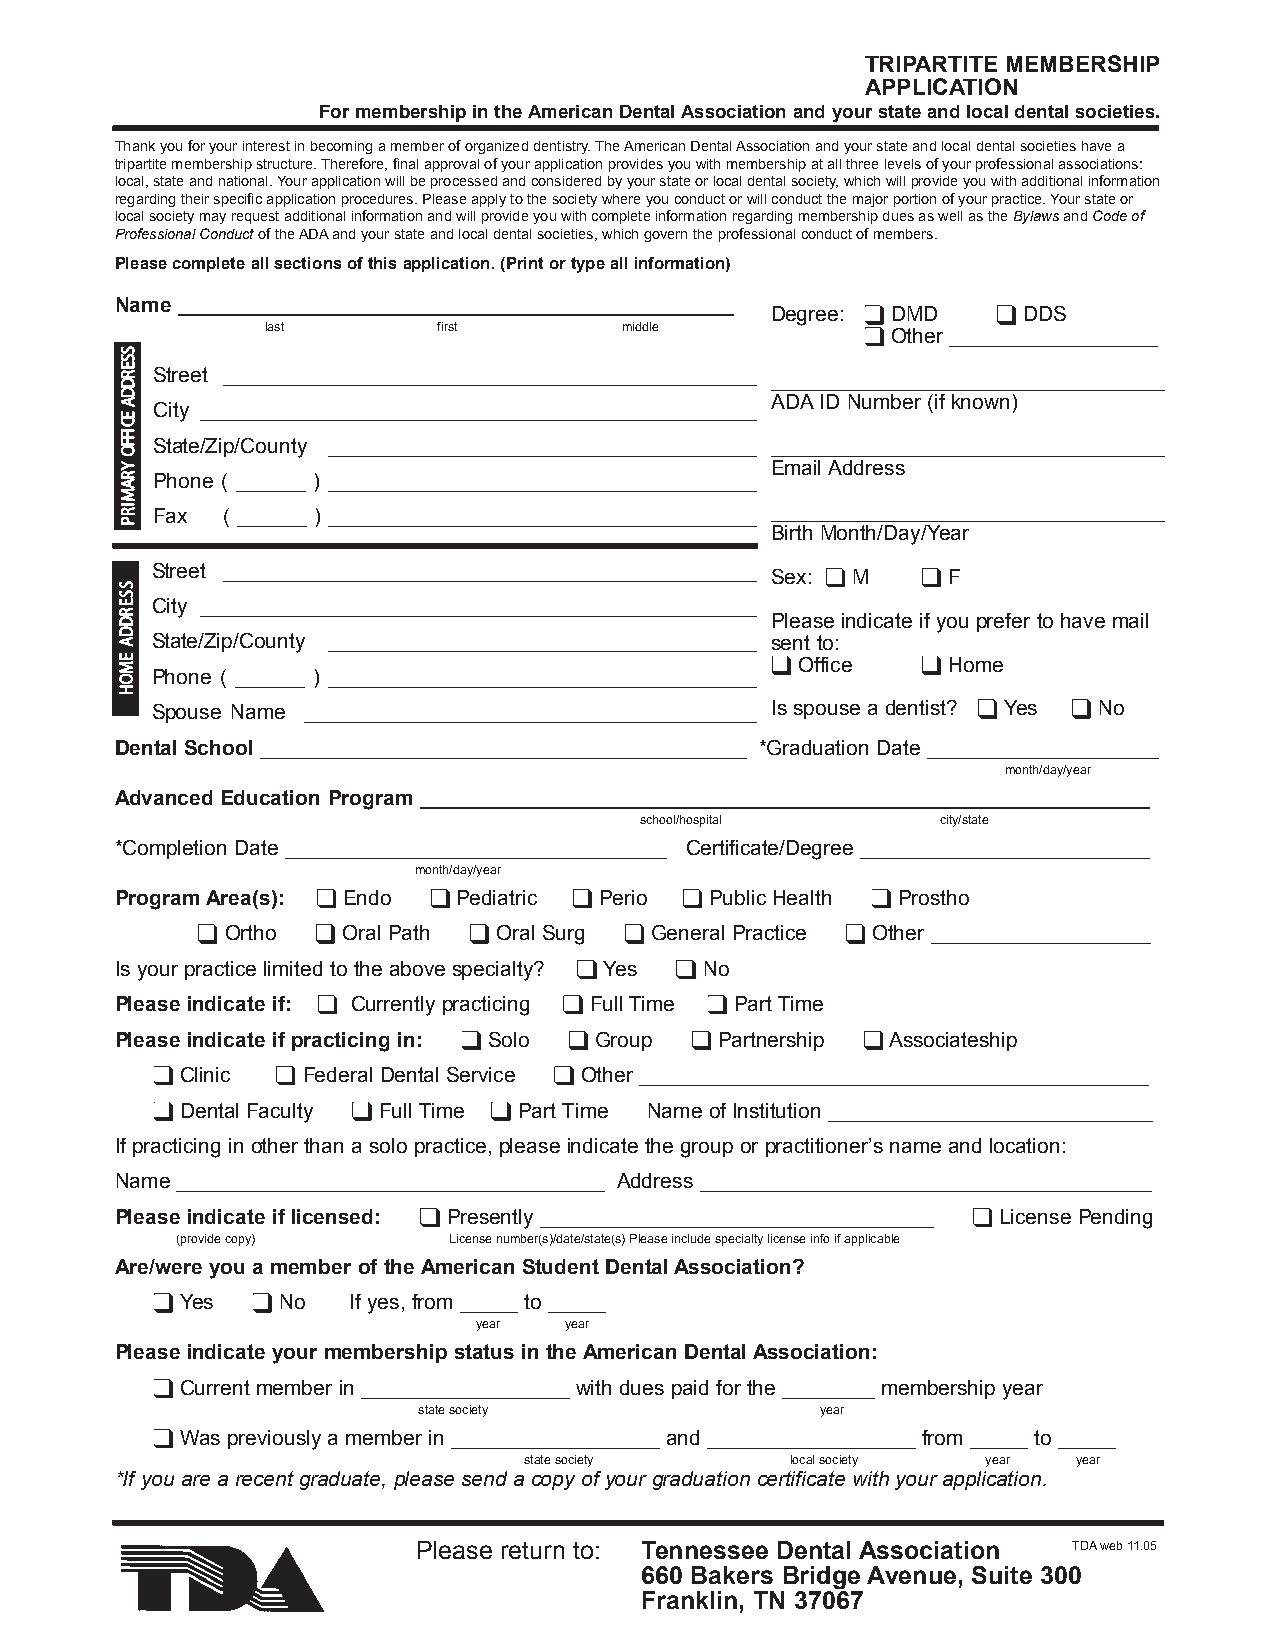
TRIPARTITE MEMBERSHIP
 APPLICATION
 For membership in the American Dental Association and your state and local dental societies.
 Thank you for your interest in becoming a member of organized dentistry. The American Dental Association and your state and local dental societies have a
 tripartite membership structure. Therefore, final approval of your application provides you with membership at all three levels of your professional associations:
 local, state and national. Your application will be processed and considered by your state or local dental society, which will provide you with additional information
 regarding their specific application procedures. Please apply to the society where you conduct or will conduct the major portion of your practice. Your state or
 local society may request additional information and will provide you with complete information regarding membership dues as well as the Bylawsand Code of
 Professional Conductof the ADAand your state and local dental societies, which govern the professional conduct of members.
 Please complete all sections of this application. (Print or type all information)
 Name ________________________________________________
 Degree: DMD      DDS
 last       first       middle
 Other __________________
 Street ______________________________________________ __________________________________
 ADAID Number (if known)
 City ________________________________________________
 State/Zip/County _____________________________________ __________________________________
 Email Address
 Phone ( ______ ) _____________________________________
 Fax  ( ______ ) _____________________________________ __________________________________
 Birth Month/Day/Year
 Street ______________________________________________
 Sex: M      F
 City ________________________________________________
 Please indicate if you prefer to have mail
 State/Zip/County _____________________________________ sent to:
 Office    Home
 Phone ( ______ ) _____________________________________
 Spouse Name _______________________________________ Is spouse a dentist? Yes No
 Dental School __________________________________________ *Graduation Date ____________________
 month/day/year
 Advanced Education Program _______________________________________________________________
 school/hospital     city/state
 *Completion Date _________________________________ Certificate/Degree _________________________
 month/day/year
 Program Area(s): Endo Pediatric Perio  Public Health Prostho
 Ortho   Oral Path Oral Surg General Practice Other ___________________
 Is your practice limited to the above specialty? Yes No
 Please indicate if: Currently practicing Full Time Part Time
 Please indicate if practicing in: Solo Group Partnership Associateship
 Clinic  Federal Dental Service Other ____________________________________________
 Dental Faculty Full Time Part Time Name of Institution ____________________________
 If practicing in other than a solo practice, please indicate the group or practitioner’s name and location:
 Name _____________________________________ Address _______________________________________
 Please indicate if licensed: Presently __________________________________ License Pending
 (provide copy)    License number(s)/date/state(s) Please include specialty license info if applicable
 Are/were you a member of the American Student Dental Association?
 Yes   No   If yes, from _____ to _____
 year  year
 Please indicate your membership status in the American Dental Association:
 Current member in __________________ with dues paid for the ________ membership year
 state society             year
 Was previously a member in __________________ and __________________ from _____ to _____
 state society    local society year year
 *If you are a recent graduate, please send a copy of your graduation certificate with your application.
 Please return to: Tennessee Dental Association TDAweb 11.05
 660 Bakers Bridge Avenue, Suite 300
 Franklin, TN 37067
 SSERDDA
 ECIFFO
 YRAMIRP
 SSERDDA
 EMOH